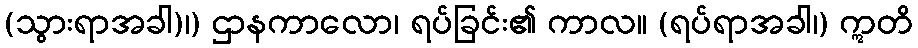
(သွားရာအခါ)၊) ဌာနကာလော၊ ရပ်ခြင်း၏ ကာလ။ (ရပ်ရာအခါ၊) ဣတိ